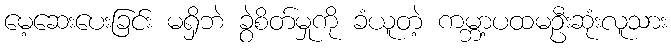
မေ့ဆေးပေးခြင်း မရှိဘဲ ခွဲစိတ်မှုကို ခံယူတဲ့ ကမ္ဘာ့ပထမဦးဆုံးလူသား